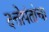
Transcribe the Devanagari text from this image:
दत्तोपंतांचा